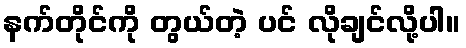
နက်တိုင်ကို တွယ်တဲ့ ပင် လိုချင်လို့ပါ။